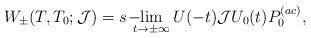
LaTeX: \begin{align*}W_\pm(T,T_0;\mathcal{J})=\displaystyle s\!-\!\!\!\!\lim_{t\to\pm\infty}U(-t)\mathcal{J} U_0(t)P_0^{(ac)},\end{align*}